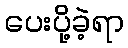
ပေးပို့ခဲ့ရာ